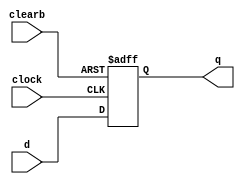
module dff_async_clear(q,d,clearb,clock);
    input d,clearb,clock;
    output q;
    reg q;
    // as soon as values change we reflect it in the output
    always @(negedge clearb or posedge clock)
    begin
        if(!clearb) q<=1'b0;
        else q<=d;
    end
endmodule